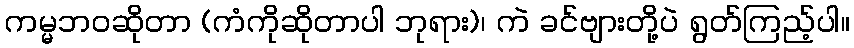
ကမ္မဘဝဆိုတာ (ကံကိုဆိုတာပါ ဘုရား)၊ ကဲ ခင်ဗျားတို့ပဲ ရွတ်ကြည့်ပါ။